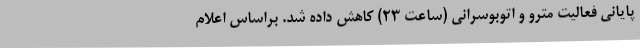
پایانی فعالیت مترو و اتوبوسرانی (ساعت 23) کاهش داده شد. براساس اعلام